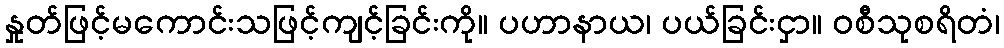
နှုတ်ဖြင့်မကောင်းသဖြင့်ကျင့်ခြင်းကို။ ပဟာနာယ၊ ပယ်ခြင်းငှာ။ ဝစီသုစရိတံ၊